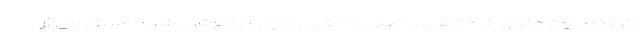
گرفتند و تاکنون از ۵۴ فیدر اصلی ۲۰ فیدر دچار خاموشی شده است. وی از